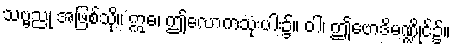
သဗ္ဗညု အဖြစ်သို့။ ဣဓ၊ ဤလောကသုံးပါး၌။ ဝါ၊ ဤဗောဒိမဏ္ဍိုင်၌။